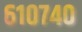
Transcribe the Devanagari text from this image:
६१०७४०